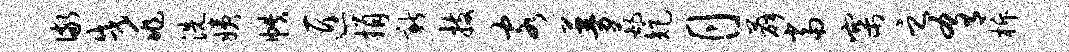
儆戌兆洗姨帙匠捐新技客蔓葩矩月薛当寨之肴柝